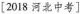
[2018 河北中考]